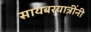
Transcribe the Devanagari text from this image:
सायबरयात्रींनी